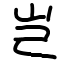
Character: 岂